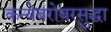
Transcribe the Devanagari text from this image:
कन्येबरोबरसुद्धा